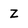
Character: Z